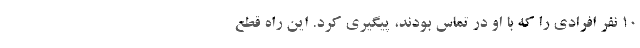
۱۰ نفر افرادی را که با او در تماس بودند، پیگیری کرد. این راه قطع